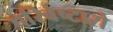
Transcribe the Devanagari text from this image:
परिवेष्टारो